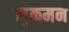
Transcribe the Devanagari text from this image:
लुकमन